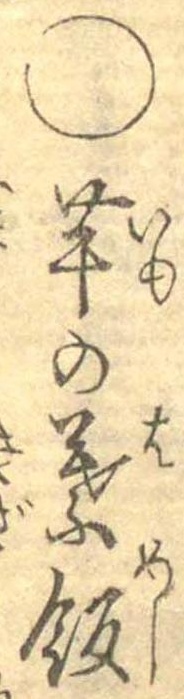
○芋の葉飯